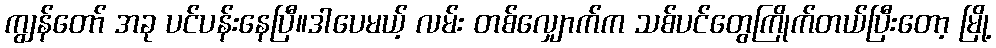
ကျွန်တော် အခု ပင်ပန်းနေပြီ။ဒါပေမယ့် လမ်း တစ်လျှောက်က သစ်ပင်တွေကြိုက်တယ်ပြီးတော့ မြို့